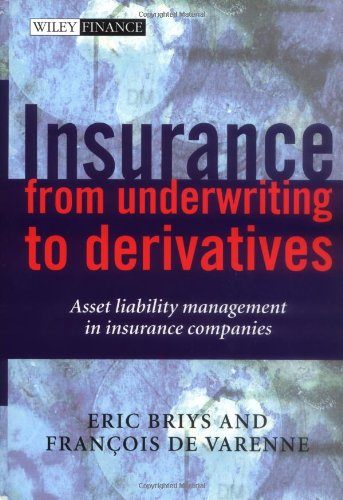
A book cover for Insurance: From Underwriting to Derivatives: Asset Liability Management in Insurance Companies; Eric Briys; Business & Money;